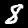
Label: 8